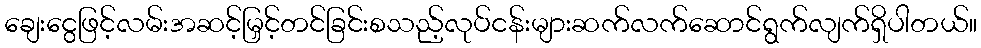
ချေးငွေဖြင့်လမ်းအဆင့်မြှင့်တင်ခြင်းစသည့်လုပ်ငန်းများဆက်လက်ဆောင်ရွက်လျက်ရှိပါတယ်။